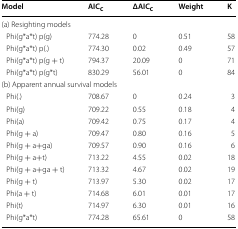
| Model | AICC | ΔAICC | Weight | K |
 | --- | --- | --- | --- | --- |
 | <COLSPAN=5> (a) Resighting models |
 | Phi(g*a*t) p(g) | 774.28 | 0 | 0.51 | 58 |
 | Phi(g*a*t) p(.) | 774.30 | 0.02 | 0.49 | 57 |
 | Phi(g*a*t) p(g + t) | 794.37 | 20.09 | 0 | 71 |
 | Phi(g*a*t) p(g*t) | 830.29 | 56.01 | 0 | 84 |
 | <COLSPAN=5> (b) Apparent annual survival models |
 | Phi(.) | 708.67 | 0 | 0.24 | 3 |
 | Phi(g) | 709.22 | 0.55 | 0.18 | 4 |
 | Phi(a) | 709.42 | 0.75 | 0.17 | 4 |
 | Phi(g + a) | 709.47 | 0.80 | 0.16 | 5 |
 | Phi(g + a+ga) | 709.57 | 0.90 | 0.16 | 6 |
 | Phi(g + a+t) | 713.22 | 4.55 | 0.02 | 18 |
 | Phi(g + a+ga + t) | 713.32 | 4.67 | 0.02 | 19 |
 | Phi(g + t) | 713.97 | 5.30 | 0.02 | 17 |
 | Phi(a + t) | 714.68 | 6.01 | 0.01 | 17 |
 | Phi(t) | 714.97 | 6.30 | 0.01 | 16 |
 | Phi(g*a*t) | 774.28 | 65.61 | 0 | 58 |